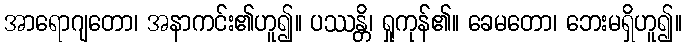
အာရောဂျတော၊ အနာကင်း၏ဟူ၍။ ပဿန္တိ၊ ရှုကုန်၏။ ခေမတော၊ ဘေးမရှိဟူ၍။